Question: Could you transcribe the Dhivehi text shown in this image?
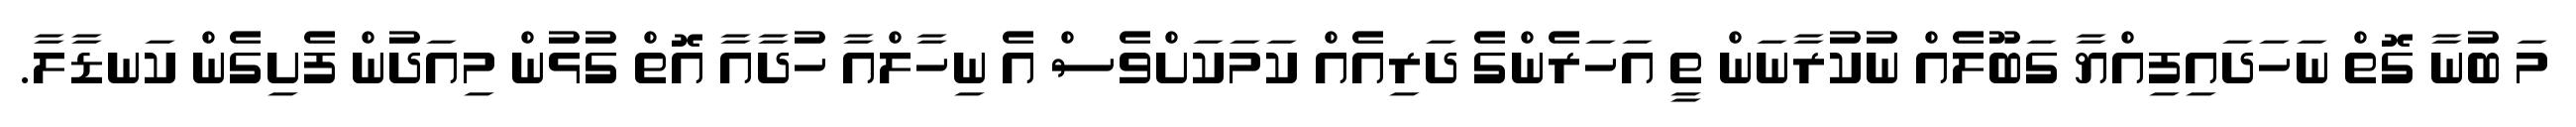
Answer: މަ ބުނާ ގޮތް ނަހަދައިފިއްޔާ ގަބޫލެއް ނުކުރާނަން ތީ އަހަރެންގެ ދަރިއެއް ކަމަކަށްވެސް އެ ނިހާލްއާ ހުދާއާ އޮތް ގުޅުން މިއަދުން ފެށިގެން ކަނޑާލާ.